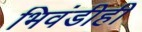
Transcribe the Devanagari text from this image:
भिवंडीही